Plague in India, 1896, 1897 - Volume 2
Year: 1896
Disease focus: Plague
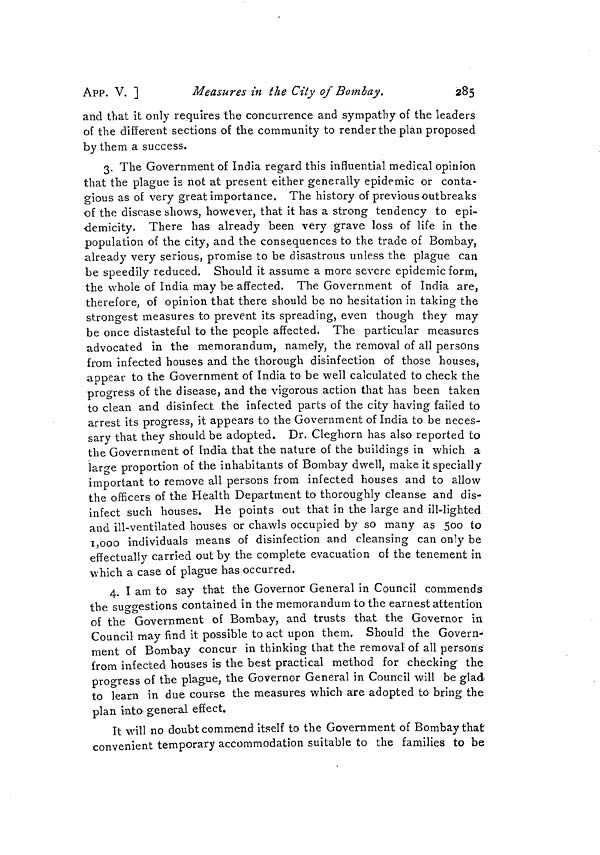
APP. V. ]
Measures in the City of Bombay.
285
and that it only requires the concurrence and sympathy of the leaders
of the different sections of the community to render the plan proposed
by them a success.
3. The Government of India regard this influential medical opinion
that the plague is not at present either generally epidemic or conta-
gious as of very great importance. The history of previous outbreaks
of the disease shows, however, that it has a strong tendency to epi-
demicity. There has already been very grave loss of life in the
population of the city, and the consequences to the trade of Bombay,
already very serious, promise to be disastrous unless the plague can
be speedily reduced. Should it assume a more severe epidemic form,
the whole of India may be affected. The Government of India are,
therefore, of opinion that there should be no hesitation in taking the
strongest measures to prevent its spreading, even though they may
be once distasteful to the people affected. The particular measures
advocated in the memorandum, namely, the removal of all persons
from infected houses and the thorough disinfection of those houses,
appear to the Government of India to be well calculated to check the
progress of the disease, and the vigorous action that has been taken
to clean and disinfect the infected parts of the city having failed to
arrest its progress, it appears to the Government of India to be neces-
sary that they should be adopted. Dr. Cleghorn has also reported to
the Government of India that the nature of the buildings in which a
larce proportion of the inhabitants of Bombay dwell, make it specially
important to remove all persons from infected houses and to allow
the officers of the Health Department to thoroughly cleanse and dis-
infect such houses. He points out that in the large and ill-lighted
and ill-ventilated houses or chawls occupied by so many as 500 to
i ooo individuals means of disinfection and cleansing can only be
effectually carried out by the complete evacuation of the tenement in
which a case of plague has occurred,
4. I am to say that the Governor General in Council commends
the suo-o-estions contained in the memorandum to the earnest attention
of the Government of Bombay, and trusts that the Governor in
Council may find it possible to act upon them. Should the Govern-
ment of Bombay concur in thinking that the removal of all persons
from infected houses is the best practical method for checking the
progress of the plague, the Governor General in Council will be glad-
to learn in due course the measures which are adopted to bring the
plan into general effect.
It will no doubt commend itself to the Government of Bombay that
convenient temporary accommodation suitable to the families to be